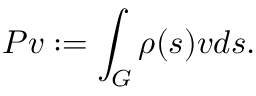
P v : = \int _ { G } \rho ( s ) v d s .